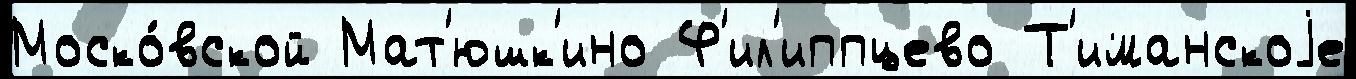
Моско́вской Мат'юшк'ино Ф'ил'иппцево Т'иманскоjе